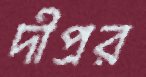
দীপ্রর